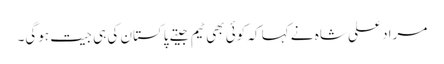
مراد علی شاہ نے کہا کہ کوئی بھی ٹیم جیتے پاکستان کی ہی جیت ہوگی۔